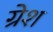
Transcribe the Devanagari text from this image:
ग्रेश